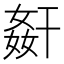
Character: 𭒋